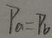
P _ { a } = P _ { b }